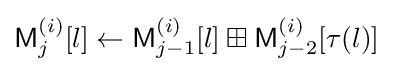
{\textsf {M}}_{j}^{(i)}[l]\leftarrow {\textsf {M}}_{j-1}^{(i)}[l]\boxplus {\textsf {M}}_{j-2}^{(i)}[\tau (l)]